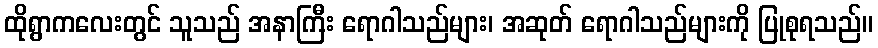
ထိုရွာကလေးတွင် သူသည် အနာကြီး ရောဂါသည်များ၊ အဆုတ် ရောဂါသည်များကို ပြုစုရသည်။